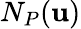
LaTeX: N_{P}(\mathbf{u})